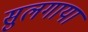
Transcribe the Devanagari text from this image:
सुलगाया